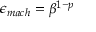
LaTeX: \epsilon _ { m a c h } = \beta ^ { 1 - p }